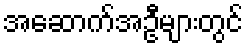
အဆောက်အဦများတွင်